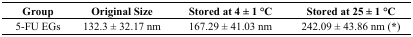
<table><thead><tr><td><b>Group</b></td><td><b>Original Size</b></td><td><b>Stored at 4 ± 1 °C</b></td><td><b>Stored at 25 ± 1 °C</b></td></tr></thead><tbody><tr><td>5-FU EGs</td><td>132.3 ± 32.17 nm</td><td>167.29 ± 41.03 nm</td><td>242.09 ± 43.86 nm (*)</td></tr></tbody></table>